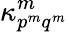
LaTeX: \kappa_{{p}^{m}{q}^{m}}^{m}